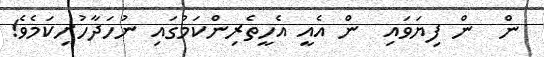
ން  ން ފިޔަވައި  ން އެއީ އެހީތެރިންކަމުގައި ނުހަދާހުށިކަމެވެ!